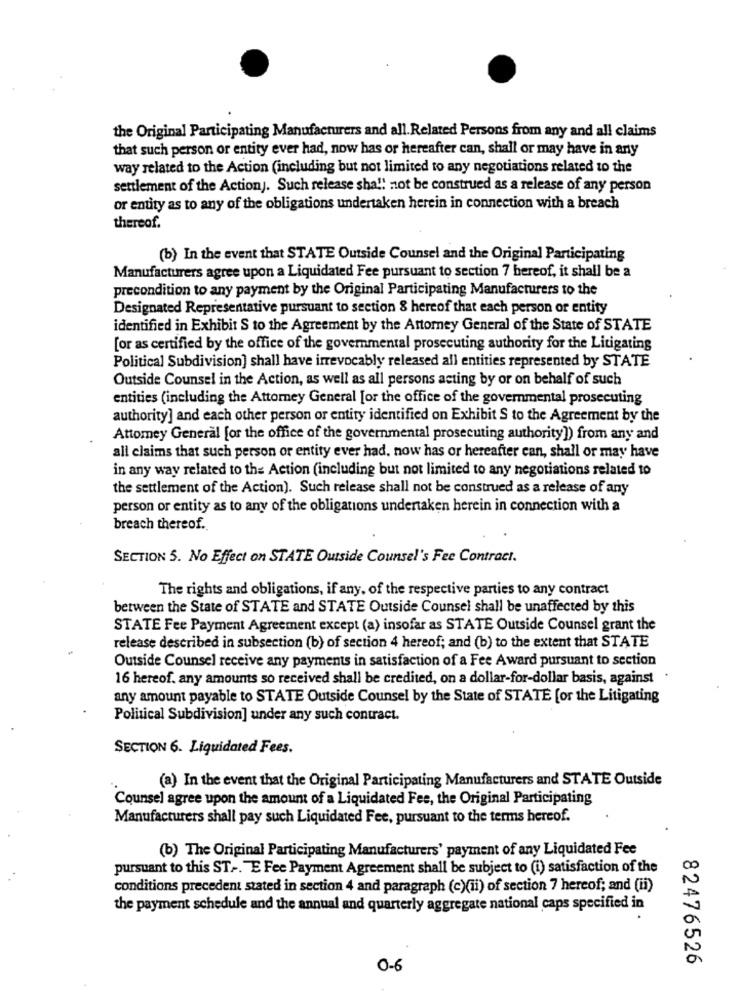
the Original Participating Manufacturers and all Related Persons from any and all claims
that such person or entity ever had, now has or hereafter can, shall or may have in any
way related to the Action (including but not limited to any negotiations related to the
settlement of the Actionj. Such release shall not be construed as a release of any person
or entity as to any of the obligations undertaken herein in connection with a breach
thereof.
(b) In the event that STATE Outside Counsel and the Original Participating
Manufacturers agree upon a Liquidated Fee pursuant to section 7 bereof, it shall be a
precondition to any payment by the Original Participating Manufacturers to the
Designated Representative pursuant to section 8 hereof that each person or entity
identified in Exhibit S to the Agreement by the Attorney General of the State of STATE
[or as certified by the office of the governmental prosecuting authority for the Litigating
Political Subdivision] shall have irrevocably released all entities represented by STATE
Outside Counsel in the Action, as well as all persons acting by or on behalf of such
entities (including the Attorney General [or the office of the governmental prosecuting
authority] and each other person or entity identified on Exhibit S to the Agreement by the
Attomey General [or the office of the governmental prosecuting authority]) from any and
all claims that such person or entity ever had, now has or hereafter can, shall or may have
in any way related to the Action (including but not limited to any negotiations related to
the settlement of the Action). Such release shall not be construed as a release of any
person or entity as to any of the obligations undertaken herein in connection with a
breach thereof.
SECTION 5. No Effect on STATE Outside Counsel's Fee Contract.
The rights and obligations, if any, of the respective parties to any contract
between the State of STATE and STATE Outside Counsel shall be unaffected by this
STATE Fee Payment Agreement except (a) insofar as STATE Outside Counsel grant the
release described in subsection (b) of section 4 hereof; and (b) to the extent that STATE
Outside Counsel receive any payments in satisfaction of a Fee Award pursuant to section
16 hereof. any amounts so received shall be credited, on a dollar-for-dollar basis, against .
any amount payable to STATE Outside Counsel by the State of STATE for the Litigating
Political Subdivision] under any such contract.
SECTION 6. Liquidated Fees.
(a) In the event that the Original Participating Manufacturers and STATE Outside
Counsel agree upon the amount of a Liquidated Fee, the Original Participating
Manufacturers shall pay such Liquidated Fee, pursuant to the terms hereof.
(b) The Original Participating Manufacturers' payment of any Liquidated Fee
pursuant to this ST -. "E Fee Payment Agreement shall be subject to (i) satisfaction of the
conditions precedent stated in section 4 and paragraph (c)(ii) of section 7 hereof; and (ii)
the payment schedule and the annual and quarterly aggregate national caps specified in
82476526
0-6